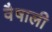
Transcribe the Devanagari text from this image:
वैषाली